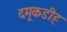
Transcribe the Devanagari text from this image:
दमूकडीह